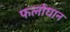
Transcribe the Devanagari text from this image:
फलोघान